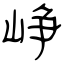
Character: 峥